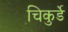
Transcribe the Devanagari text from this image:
चिकुर्डे